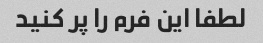
لطفا این فرم را پر کنید